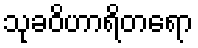
သုခဝိဟာရိတရော